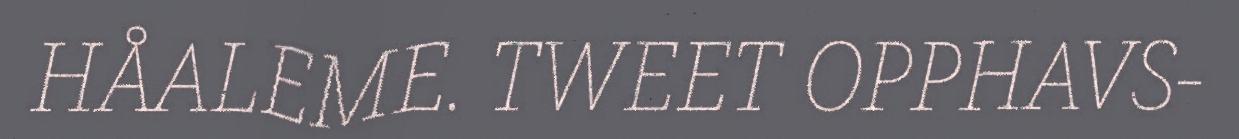
HÅALEME. TWEET OPPHAVS-